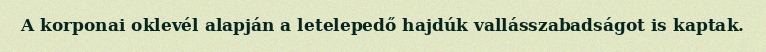
A korponai oklevél alapján a letelepedő hajdúk vallásszabadságot is kaptak.